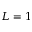
L = 1